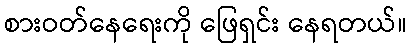
စားဝတ်နေရေးကို ဖြေရှင်း နေရတယ်။